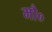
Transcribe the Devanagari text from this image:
मौ०